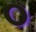
૦